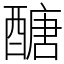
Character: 醣